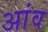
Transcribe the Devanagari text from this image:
अांव